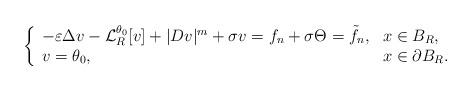
LaTeX: \begin{align*} \left\{\begin{array}{ll} -\varepsilon\Delta v -\mathcal{L}_R^{\theta_0}[v]+|Dv|^m+\sigma v= f_n+ \sigma \Theta=\tilde{f}_n,& x\in B_R,\\ v=\theta_0,&x\in\partial B_R. \end{array}\right. \end{align*}